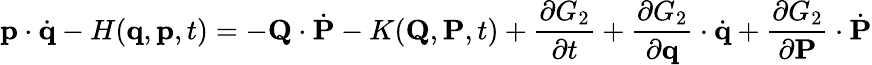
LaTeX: \mathbf{p}\cdot{\dot{\mathbf{q}}}-H(\mathbf{q},\mathbf{p},t)=-\mathbf{Q}\cdot{\dot{\mathbf{P}}}-K(\mathbf{Q},\mathbf{P},t)+{\frac{\partial G_{2}}{\partial t}}+{\frac{\partial G_{2}}{\partial\mathbf{q}}}\cdot{\dot{\mathbf{q}}}+{\frac{\partial G_{2}}{\partial\mathbf{P}}}\cdot{\dot{\mathbf{P}}}